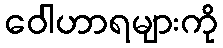
ဝေါဟာရများကို